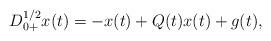
LaTeX: \begin{align*}D_{0+}^{1/2}x(t)=-x(t)+Q(t)x(t)+g(t), \end{align*}